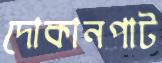
দোকানপাট